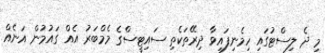
މި ދެ ލިސްޓުގައި ހިމެނިފައިވާ ދިރޭތަކެތި ސައިޓީސްގެ މެމްބަރު އެއް ގައުމުން އަނެއް